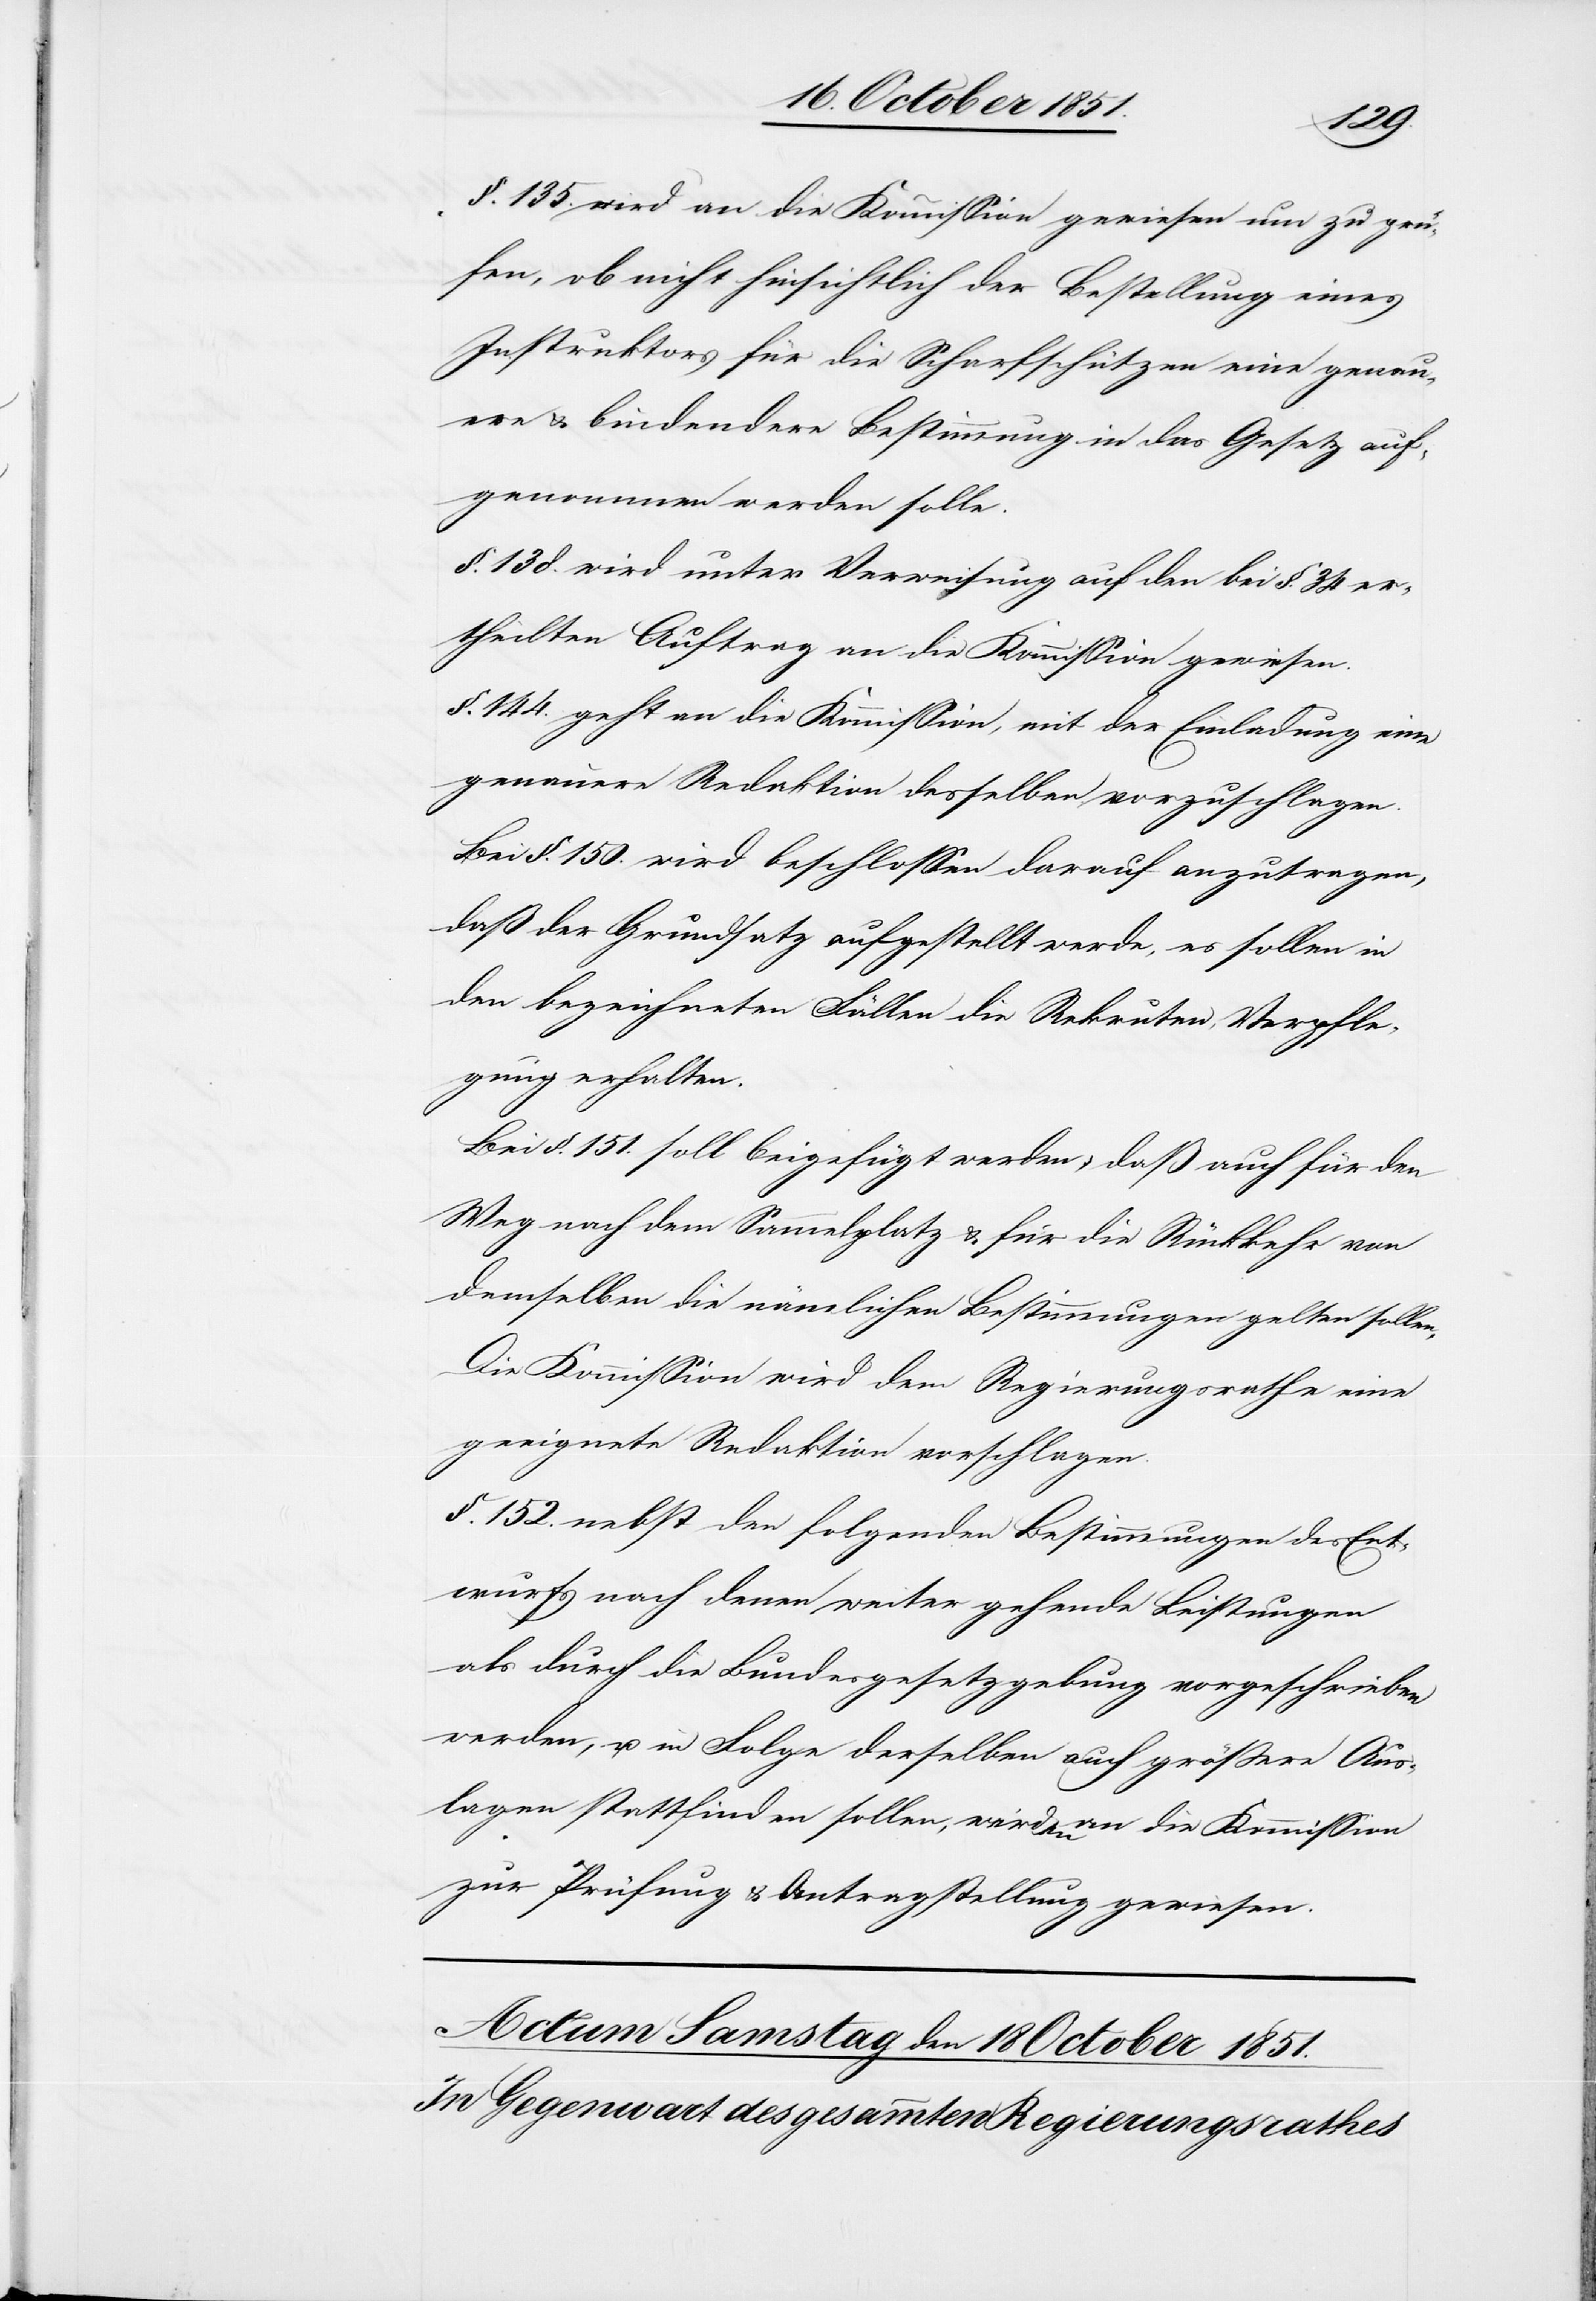
§. 135. wird an die Kommission gewiesen um zu prü¬
fen, ob nicht hinsichtlich der Bestellung eines
Instruktors für die Scharfschützen eine genau¬
ere & bindendere Bestimmung in das Gesetz auf¬
genommen werden solle.
§. 138. wird unter Verweisung auf den bei §. 34 er¬
theilten Auftrag an die Kommission gewiesen.
§. 144. geht an die Kommission, mit der Einladung eine
genauere Redaktion desselben vorzuschlagen.
Bei §. 150. wird beschlossen darauf anzutragen,
daß der Grundsatz aufgestellt werde, es sollen in
den bezeichneten Fällen die Rekruten, Verpfle¬
gung erhalten.
Bei §. 151. soll beigefügt werden, daß auch für den
Weg nach dem Sammelplatz & für die Rückkehr von
demselben die nämlichen Bestimmungen gelten sollen.
Die Kommission wird dem Regierungsrathe eine
geeignete Redaktion vorschlagen.
§. 152. nebst den folgenden Bestimmungen des Ent¬
wurfs nach denen weiter gehende Leistungen
als durch die Bundesgesetzgebung vorgeschrieben
werden, u. in Folge derselben auch größere Aus¬
lagen stattfinden sollen, werden an die Kommission
zur Prüfung & Antragstellung gewiesen.